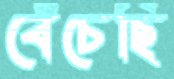
বেঁচেছি